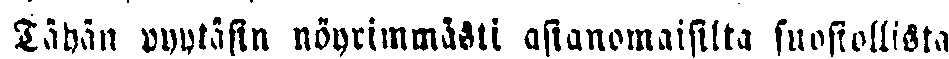
Tähän pyytäen nöyrimmästi asianomaisilta suosiollista